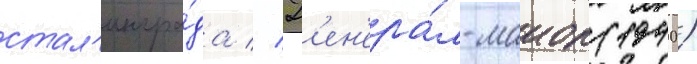
стал'ингра́да // Г'ен'ера́л-маиор (1940)